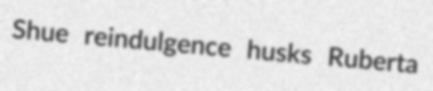
Shue reindulgence husks Ruberta